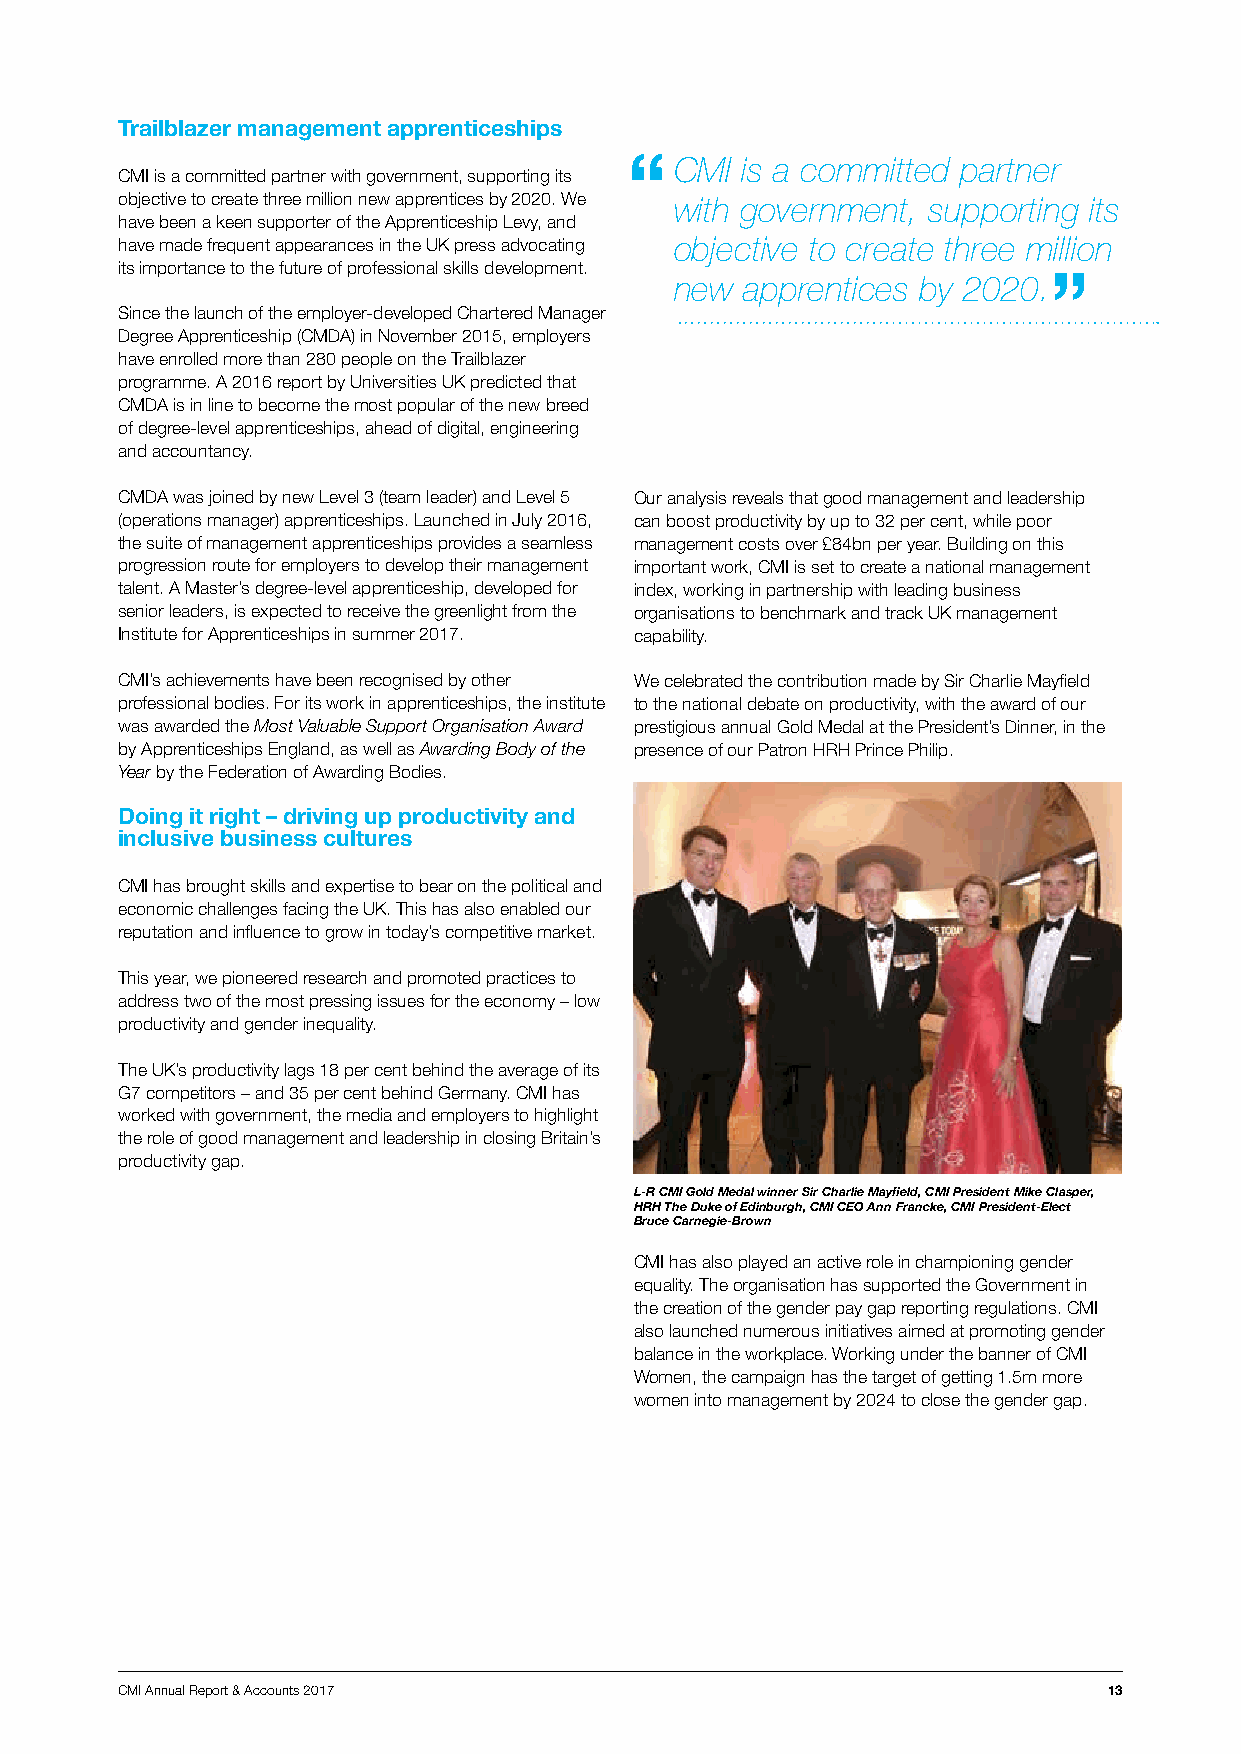
Trailblazer management apprenticeships
 CMI is a committed partner
 CMI is a committed partner with government, supporting its
 objective to create three million new apprentices by 2020. We with government, supporting its
 have been a keen supporter of the Apprenticeship Levy, and
 have made frequent appearances in the UK press advocating objective to create three million
 its importance to the future of professional skills development.
 new apprentices by 2020.
 Since the launch of the employer-developed Chartered Manager
 Degree Apprenticeship (CMDA) in November 2015, employers
 have enrolled more than 280 people on the Trailblazer
 programme. A 2016 report by Universities UK predicted that
 CMDA is in line to become the most popular of the new breed
 of degree-level apprenticeships, ahead of digital, engineering
 and accountancy.
 CMDA was joined by new Level 3 (team leader) and Level 5 Our analysis reveals that good management and leadership
 (operations manager) apprenticeships. Launched in July 2016, can boost productivity by up to 32 per cent, while poor
 the suite of management apprenticeships provides a seamless management costs over £84bn per year. Building on this
 progression route for employers to develop their management important work, CMI is set to create a national management
 talent. A Master’s degree-level apprenticeship, developed for index, working in partnership with leading business
 senior leaders, is expected to receive the greenlight from the organisations to benchmark and track UK management
 Institute for Apprenticeships in summer 2017. capability.
 CMI’s achievements have been recognised by other We celebrated the contribution made by Sir Charlie Mayfield
 professional bodies. For its work in apprenticeships, the institute to the national debate on productivity, with the award of our
 was awarded the Most Valuable Support Organisation Award prestigious annual Gold Medal at the President’s Dinner, in the
 by Apprenticeships England, as well as Awarding Body of the presence of our Patron HRH Prince Philip.
 Year by the Federation of Awarding Bodies.
 Doing it right – driving up productivity and
 inclusive business cultures
 CMI has brought skills and expertise to bear on the political and
 economic challenges facing the UK. This has also enabled our
 reputation and influence to grow in today’s competitive market.
 This year, we pioneered research and promoted practices to
 address two of the most pressing issues for the economy – low
 productivity and gender inequality.
 The UK’s productivity lags 18 per cent behind the average of its
 G7 competitors – and 35 per cent behind Germany. CMI has
 worked with government, the media and employers to highlight
 the role of good management and leadership in closing Britain’s
 productivity gap.
 L-R CMI Gold Medal winner Sir Charlie Mayfield, CMI President Mike Clasper,
 HRH The Duke of Edinburgh, CMI CEO Ann Francke, CMI President-Elect
 Bruce Carnegie-Brown
 CMI has also played an active role in championing gender
 equality. The organisation has supported the Government in
 the creation of the gender pay gap reporting regulations. CMI
 also launched numerous initiatives aimed at promoting gender
 balance in the workplace. Working under the banner of CMI
 Women, the campaign has the target of getting 1.5m more
 women into management by 2024 to close the gender gap.
 CMI Annual Report & Accounts 2017                                13